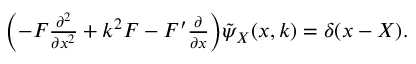
\begin{array} { r } { \biggl ( - F \frac { \partial ^ { 2 } } { \partial x ^ { 2 } } + k ^ { 2 } F - F ^ { \prime } \frac { \partial } { \partial x } \biggr ) \tilde { \psi } _ { X } ( x , k ) = \delta ( x - X ) . } \end{array}